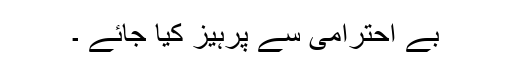
بے احترامی سے پرہیز کیا جائے ۔